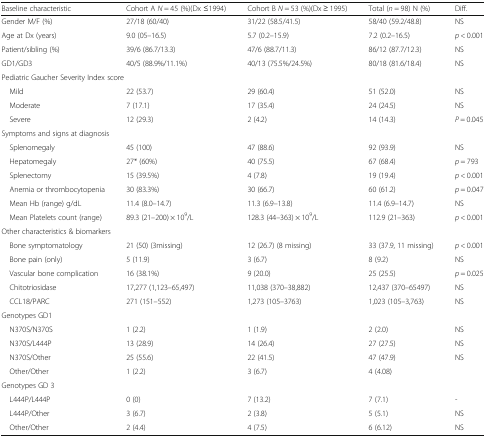
<table><thead><tr><td><b>Baseline characteristic</b></td><td><b>Cohort A <i>N</i> = 45 (%)(Dx ≤1994)</b></td><td><b>Cohort B <i>N</i> = 53 (%)(Dx ≥ 1995)</b></td><td><b>Total (<i>n</i> = 98) N (%)</b></td><td><b>Diff.</b></td></tr></thead><tbody><tr><td>Gender M/F (%)</td><td>27/18 (60/40)</td><td>31/22 (58.5/41.5)</td><td>58/40 (59.2/48.8)</td><td>NS</td></tr><tr><td>Age at Dx (years)</td><td>9.0 (05–16.5)</td><td>5.7 (0.2–15.9)</td><td>7.2 (0.2–16.5)</td><td><i>p</i> &lt; 0.001</td></tr><tr><td>Patient/sibling (%)</td><td>39/6 (86.7/13.3)</td><td>47/6 (88.7/11.3)</td><td>86/12 (87.7/12.3)</td><td>NS</td></tr><tr><td>GD1/GD3</td><td>40/5 (88.9%/11.1%)</td><td>40/13 (75.5%/24.5%)</td><td>80/18 (81.6/18.4)</td><td>NS</td></tr><tr><td colspan="5">Pediatric Gaucher Severity Index score</td></tr><tr><td> Mild</td><td>22 (53.7)</td><td>29 (60.4)</td><td>51 (52.0)</td><td>NS</td></tr><tr><td> Moderate</td><td>7 (17.1)</td><td>17 (35.4)</td><td>24 (24.5)</td><td>NS</td></tr><tr><td> Severe</td><td>12 (29.3)</td><td>2 (4.2)</td><td>14 (14.3)</td><td><i>P</i> = 0.045</td></tr><tr><td colspan="5">Symptoms and signs at diagnosis</td></tr><tr><td> Splenomegaly</td><td>45 (100)</td><td>47 (88.6)</td><td>92 (93.9)</td><td>NS</td></tr><tr><td> Hepatomegaly</td><td>27* (60%)</td><td>40 (75.5)</td><td>67 (68.4)</td><td><i>p</i> = 793</td></tr><tr><td> Splenectomy</td><td>15 (39.5%)</td><td>4 (7.8)</td><td>19 (19.4)</td><td><i>p</i> &lt; 0.001</td></tr><tr><td> Anemia or thrombocytopenia</td><td>30 (83.3%)</td><td>30 (66.7)</td><td>60 (61.2)</td><td><i>p</i> = 0.047</td></tr><tr><td> Mean Hb (range) g/dL</td><td>11.4 (8.0–14.7)</td><td>11.3 (6.9–13.8)</td><td>11.4 (6.9–14.7)</td><td>NS</td></tr><tr><td> Mean Platelets count (range)</td><td>89.3 (21–200) × 10<sup>9</sup>/L</td><td>128.3 (44–363) × 10<sup>9</sup>/L</td><td>112.9 (21–363)</td><td><i>p</i> &lt; 0.001</td></tr><tr><td colspan="5">Other characteristics &amp; biomarkers</td></tr><tr><td> Bone symptomatology</td><td>21 (50) (3missing)</td><td>12 (26.7) (8 missing)</td><td>33 (37.9, 11 missing)</td><td><i>p</i> &lt; 0.001</td></tr><tr><td> Bone pain (only)</td><td>5 (11.9)</td><td>3 (6.7)</td><td>8 (9.2)</td><td>NS</td></tr><tr><td> Vascular bone complication</td><td>16 (38.1%)</td><td>9 (20.0)</td><td>25 (25.5)</td><td><i>p</i> = 0.025</td></tr><tr><td> Chitotriosidase</td><td>17,277 (1,123–65,497)</td><td>11,038 (370–38,882)</td><td>12,437 (370–65497)</td><td>NS</td></tr><tr><td> CCL18/PARC</td><td>271 (151–552)</td><td>1,273 (105–3763)</td><td>1,023 (105–3,763)</td><td>NS</td></tr><tr><td colspan="5">Genotypes GD1</td></tr><tr><td> N370S/N370S</td><td>1 (2.2)</td><td>1 (1.9)</td><td>2 (2.0)</td><td>NS</td></tr><tr><td> N370S/L444P</td><td>13 (28.9)</td><td>14 (26.4)</td><td>27 (27.5)</td><td>NS</td></tr><tr><td> N370S/Other</td><td>25 (55.6)</td><td>22 (41.5)</td><td>47 (47.9)</td><td>NS</td></tr><tr><td> Other/Other</td><td>1 (2.2)</td><td>3 (6.7)</td><td>4 (4.08)</td><td></td></tr><tr><td colspan="5">Genotypes GD 3</td></tr><tr><td> L444P/L444P</td><td>0 (0)</td><td>7 (13.2)</td><td>7 (7.1)</td><td>-</td></tr><tr><td> L444P/Other</td><td>3 (6.7)</td><td>2 (3.8)</td><td>5 (5.1)</td><td>NS</td></tr><tr><td> Other/Other</td><td>2 (4.4)</td><td>4 (7.5)</td><td>6 (6.12)</td><td>NS</td></tr></tbody></table>